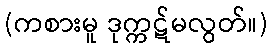
(ကစားမူ ဒုက္ကဋ်မလွတ်။)